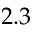
2 . 3